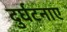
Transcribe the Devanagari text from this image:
दुर्घटनाए